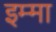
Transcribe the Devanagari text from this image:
इम्मा